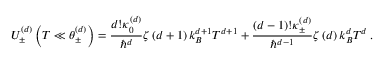
U _ { \pm } ^ { \left( d \right) } \left( T \ll \theta _ { \pm } ^ { \left( d \right) } \right) = \frac { d ! \kappa _ { 0 } ^ { \left( d \right) } } { \hbar ^ { d } } \zeta \left( d + 1 \right) k _ { B } ^ { d + 1 } T ^ { d + 1 } + \frac { \left( d - 1 \right) ! \kappa _ { \pm } ^ { \left( d \right) } } { \hbar ^ { d - 1 } } \zeta \left( d \right) k _ { B } ^ { d } T ^ { d } \, .